Civil Veterinary Department. United Provinces 1912-22 - 1912-1922
Year: 1912
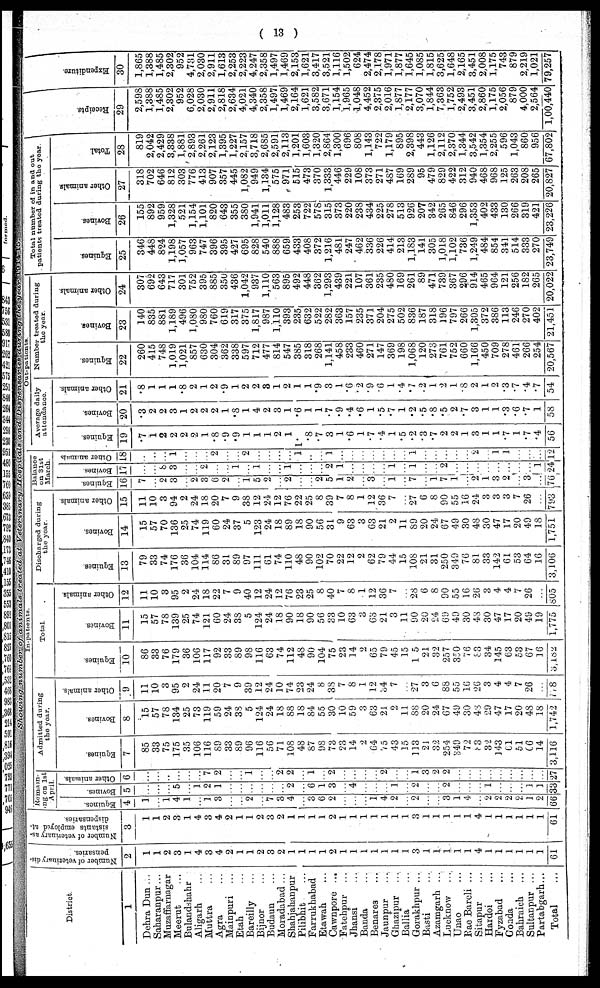
( 13 )
Showing number
of animals
treated
at
Veterinary
Hospitals
and
Dispensaries during the year 1914-15
District
1
Dehra Dun ...
Saharanpur …
Muzaffarnagar
Meerut …
Bulandshahr
Aligarh …
Muttra …
Agra …
Mainpuri …
Etah …
Bareilly …
Bijnor …
Budaun …
Moradabad …
Shahjahanpur
Pilibhit …
Farrukhabad
Etawah …
Cawnpore ...
Fatehpur …
Jhansi …
Banda …
Benares …
Jaunpur …
Ghazipur …
Ballia …
Gorakhpur ...
Basti …
Azamgarh ...
Lucknow …
Unao …
Rae Bareli ...
Sitapur …
Hardoi …
Fyzabad …
Coada …
Bahraich …
Sultanpur ...
Partabgarh...
Total …
Number of veterinary dis-
pensaries.
2
1
1
9
3
1
4
3
4
2
1
1
9
3
2
1
1
1
1
2
1
1
1
1
1
1
1
3
1
1
1
1
1
4
1
1
1
1
1
1
61
Number of veterinary as-
sistants employed at-
dispensaries
3
1
1
2
3
1
4
3
4
9
…
…
…
…
2
…
…
…
…
…
…
…
…
…
…
…
…
…
…
…
…
…
…
…
…
…
…
…
…
…
61
In-patients.
Remain-
ing on 1st
April
Equines.
4
1
…
1
4
1
…
1
3
…
…
2
…
7
3
4
…
3
6
2
…
…
…
1
4
2
…
2
…
…
3
1
4
…
2
2
2
2
1
2
66
Bovines.
5
…
…
…
5
…
1
2
1
…
…
…
…
…
…
2
…
6
1
3
…
4
…
…
…
1
…
…
…
…
9
…
…
…
1
...
..
…
1
1
33
Other animals. |
6
…
…
…
…
…
…
7
2
…
…
1
…
…
9
2
…
1
…
2
…
…
…
…
2
…
…
1
3
2
2
…
…
…
…
…
…
…
…
…
27
Admitted during
the year.
Equines.
i
7
85
33
75
175
35
106
116
80
33
89
96
116
56
7 1
108
48
87
98
73
23
14
2
64
75
43
15
113
21
32
254
340
72
83
32
143
61
51
66
14
3,116
Bovines
8
15
57
78
134
25
73
119
59
24
38
5
124
24
18
88
18
84
55
30
10
59
3
63
21
2
11
88
…
24
67
49
30
48
29
47
17
20
48
18
1,742
Other animals
9
11
10
3
95
9
24
11
20
7
9
39
12
24
10
74
23
24
8
38
7
8
1
12
34
7
…
27
…
6
88
55
16
26
3
4
4
7
26
…
778
Equines
10
86
33
76
179
36
106
117
92
33
89
98
116
63
74
112
48
90
104
75
23
14
2
65
79
45
15
1 5
21
32
257
350
76
83
34
145
63
53
67
16
3,182
Total
Bovi ne s
11
15
57
78
139
25
74
121
60
24
38
5
124
24
18
90
18
90
56
33
10
63
3
63
21
3
11
90
26
24
66
49
30
48
30
47
17
20
49
19
1,775
Ot her animals
12
11
10
3
95
2
24
18
22
7
9
40
12
24
12
76
23
25
8
40
7
8
1
12
36
7
…
28
6
8
90
55
16
26
3
4
4
7
26
…
805
Discharged during
the year
Equines
13
79
33
74
176
36
104
114
86
31
89
97
111
61
74
110
48
90
102
70
22
12
2
62
79
44
15
108
21
31
250
319
76
81
33
142
61
53
64
16
3,106
Bovines.
14
15
57
70
136
25
74
119
60
24
37
5
123
24
18
89
18
90
56
31
9
63
3
63
21
9
11
89
20
24
67
49
30
48
30
47
17
20
49
18
1,751
Other animals
15
11
10
3
94
2
24
18
20
7
9
38
12
24
12
76
22
25
8
39
7
8
1
12
36
7
…
27
6
8
90
55
16
24
3
3
3
7
26
…
793
Balance
on 31st
March
Equines.
16
7
…
2
3
…
2
…
6
9
…
1
5
2
…
2
…
…
2
5
1
2
…
3
…
1
…
7
…
1
7
1
...
2
1
3
9
…
3
…
76
Bovines
17
…
…
8
3
…
…
2
…
…
1
…
1
…
…
1
…
…
…
2
1
…
…
…
…
1
…
1
…
…
2
…
...
…
…
…
…
…
…
1
24
Other animals
18
…
…
…
1
…
…
…
2
…
…
2
…
…
…
…
1
…
…
1
…
…
…
…
…
…
..
1
…
…
…
…
…
2
..
1
1
…
…
…
12
Out-patients
Average daily
attendance.
Equines.
19
.7
1
2
2
2
2
1
.8
.9
.9
1
1
1
2
1
1
.8
.7
3
1
.6
1
.7
.4
…
.5
.2
. 3
.7
9
9
1
3
1
1
.7
1
.7
.4
56
Bovines.
20
.3
2
2
3
1
2
2
2
1
.8
1
4
2
3
1
.6
1
1
.7
.9
.4
.6
1
.5
.7
1
.2
.5
.8
.5
2
.7
3
1
1
.3
.6
.7
1
58
Other animals
21
.8
1
1
1
.8
2
1
2
.9
1
2
2
3
1
2
1
1
.9
3
1
.6
.2
.9
6
1
.4
. 7
2
1
2
1
.8
2
1
9
.3
.7
.4
.7
54
Number treated during
the year
Equines.
22
260
415
748
1,019
1,021
857
630
304
362
338
597
712
477
814
547
385
318
268
1,141
458
233
460
271
147
369
198
1,068
120
273
761
752
660
1,166
450
709
278
461
266
254
20,567
Bovines.
23
140
835
881
1,189
496
1,080
980
760
619
317
375
1,817
987
1,110
393
235
632
522
282
363
157
235
371
204
275
502
836
187
318
196
797
266
1,305
372
386
113
246
270
402
21,451
Other animals.
24
307
692
643
717
301
752
395
885
350
436
1,042
937
1,110
563
895
492
448
362
1,293
439
221
107
361
235
480
169
261
89
471
739
367
296
914
465
964
121
256
182
265
20,022
Total number of in and out
patients treated during the year
Equines.
25
346
448
824
1,198
1,057
963
747
396
395
427
695
828
540
888
659
433
408
372
1,216
481
247
462
336
226
414
213
1,183
141
305
1,018
1,102
736
1,249
484
854
341
514
333
270
23,749
Bovines.
26
155
892
959
1,328
521
1,154
1,101
820
643
355
380
1,941
1,011
1,128
483
253
722
578
315
373
220
238
434
225
278
513
926
207
342
265
846
296
1,353
402
433
130
266
319
421
23,226
Other animals.
27
318
702
646
812
303
776
413
907
357
445
1,082
949
1,134
575
971
515
473
370
1,333
446
229
108
373
271
487
169
289
95
479
829
422
312
940
468
968
125
263
208
265
20,827
Total.
28
819
2,042
2,429
3,338
1,881
2,893
2,261
2,123
1,395
1,227
2.157
3,718
2,685
2,591
2,113
1,201
1,603
1,320
2,864
1,300
696
808
1,143
722
1,179
895
2,398
443
1,126
2,112
2,370
1,344
3,542
1,354
2,255
596
1,043
860
956
67,802
Recei pt s .
29
2,598
1,388
1,485
2,302
952
6,028
2,030
2,911
2,818
2,634
4,021
4,340
2,358
1,497
1,469
2,164
1,621
3,582
3,671
1,154
1,965
1,048
4,452
2,375
2,016
1,877
2,177
3,070
1,844
7,363
1,752
2,493
3,451
2,860
1,175
2,056
879
4,000
2,564
1,00,440
Expenditure.
30
1,865
1,388
1,485
2,302
952
4,731
2,030
2,911
1,613
2,253
2,223
4,247
2,358
1,497
1,469
2,153
1,621
3,417
3,521
1,116
1,502
624
2,474
2,178
1,971
1,877
1,645
1,085
1,815
3,625
1,648
2,165
3,451
2,008
1,175
743
879
2,219
1,021
79,257